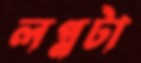
লগ্নটা